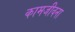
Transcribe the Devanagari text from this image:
कामजीवना